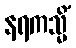
နရကသ္မိံ